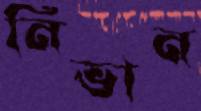
নিভান